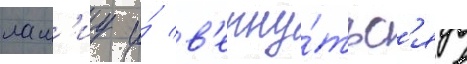
лам'иу и́ в'ерну́тьс'я в